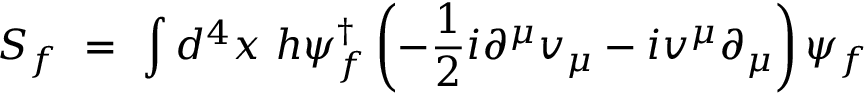
S _ { f } ~ = ~ \int d ^ { 4 } x ~ h \psi _ { f } ^ { \dagger } \left( - \frac { 1 } { 2 } i \partial ^ { \mu } v _ { \mu } - i v ^ { \mu } \partial _ { \mu } \right) \psi _ { f }